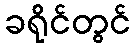
ခရိုင်တွင်